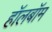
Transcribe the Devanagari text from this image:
हॉलबॉम